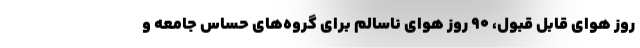
روز هوای قابل قبول، ۹۰‌ روز هوای ناسالم برای گروه‌های حساس جامعه و